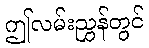
ဤလမ်းညွှန်တွင်